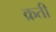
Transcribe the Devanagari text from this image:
क्रती